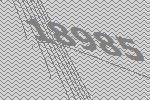
18985